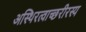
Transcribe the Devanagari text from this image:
अस्थिरत्वाच्छरीरस्य